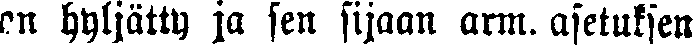
en hyljätty ja sen sijaan arm. asetuksen